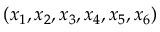
( x _ { 1 } , x _ { 2 } , x _ { 3 } , x _ { 4 } , x _ { 5 } , x _ { 6 } )